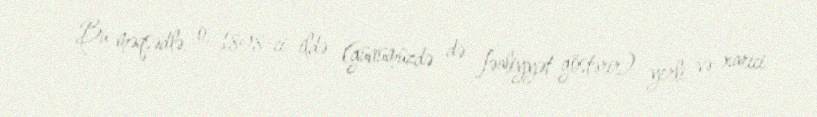
Bu məqsədlə, o, 1898-ci ildə (günümüzdə də fəaliyyət göstərir) yerli və xarici